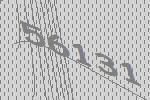
56131